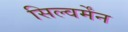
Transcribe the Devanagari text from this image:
सिल्वर्मेंन